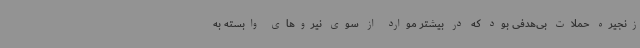
زنجیره حملات بی‌هدفی بود که در بیشتر موارد از سوی نیروهای وابسته به